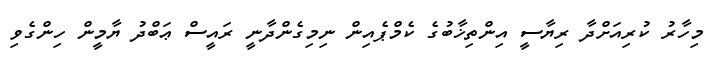
މިހާރު ކުރިއަށްދާ ރިޔާސީ އިންތިޚާބުގެ ކެމްޕެއިން ނިމިގެންދާނީ ރައީސް ޢަބްދު ޔާމީން ހިންގެވި